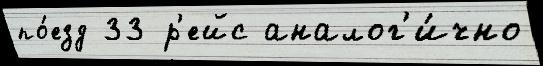
по́езд 33 р'ейс аналог'и́чно